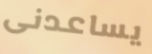
يساعدنى